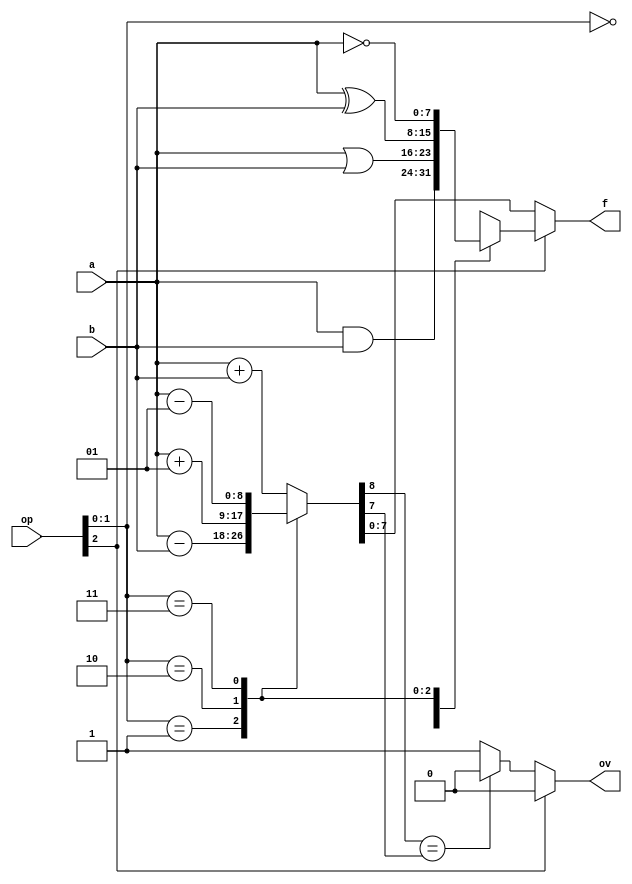
// Diseo:      Unidad Aritmtico-Lgica (ALU) sencilla
// Archivo:     alu.v
// Descripcin: Unidad Aritmtico-Lgica (ALU) sencilla
// Autor:       Jorge Juan <jjchico@gmail.com>
// Fecha:       27/05/2010

/*
   Leccin 5-3. Unidad aritmtico-lgica

   En esta leccin ampliaremos el sumador-restador diseado en la leccin 5-2
   para consguir una unidadr aritmetico-lgica sencilla, a la vez que se
   introducen o se repasan diversos operadores lgicos y aritmticos.
*/

//////////////////////////////////////////////////////////////////////////
// Unidad aritmtico-logica (ALU)                                       //
//////////////////////////////////////////////////////////////////////////

/* La descripcin de la ALU es similar a la del sumador/restador visto en la
 * leccin anterior. La entrada de seleccin de operacin se extiende para
 * indicar nuevas operaciones segn la siguiente tabla:
 *   op[2:0]    Operacin    f
 *       000    Suma         a + b
 *       001    Resta        a - b
 *       010    Incremento   a + 1
 *       011    Decremento   a - 1
 *       100    AND          a & b
 *       101    OR           a | b
 *       110    XOR          a ^ b
 *       111    NOT          ~a
 *
 * La anchura de los datos no est prefijada, sino que depende del parmetro
 * WIDTH. Este parmetro tiene un valor predeterminado de 8 indicado por
 * la directiva 'parameter', pero puede cambiarse a la hora de instanciar el
 * mdulo, por lo que la misma descripcin sirve para producir ALUs de
 * cualquier anchura de datos.
 *
 * La ALU opera con datos en complementdo a dos, por lo que se usan variables
 * de tipo 'signed'. La ALU no dispone de acarreo de entrada (cin), pero s
 * dispone de salida de desbordamiento (ov) adems de la salida de acarreo de
 * salida. La salida 'ov' valdr 1 cuando el resultado en 'f' no sea correcto
 * debido a desboradamiento (el resultado ocupa ms bits que la anchura de
 * dato de la ALU).*/

module alu #(
    parameter WIDTH = 8
    )(
    input wire signed [WIDTH-1:0] a,    // primer operando
    input wire signed [WIDTH-1:0] b,    // segundo operando
    input wire [2:0] op,                // operacin (0-suma, 1-resta)
    output reg signed [WIDTH-1:0] f,    // salida
    output reg ov                       // salida de desbordamiento (overflow)
    );

    always @* begin
        /* Nos aseguramos que a cout y ov siempre se asigne un valor */
        ov = 0;

        if (op[2] == 0) begin :arith    // Operaciones aritmticas
            reg signed [WIDTH:0] s;
            /* La construccin 'case' es ideal para distinguir
             * entre los mltiples valores de 'op' */
            case (op[1:0])

              /* En primer lugar calculamos el resultado en 'f' con
               * el posible bit adicional en 'cout'. El
               * desbordamiento se produce cuando los operandos
               * son del mismo signo y el resultado es de un signo
               * diferente */
            2'b00:
                s = a + b;  // suma
            2'b01:
                s = a - b;  // resta
            2'b10:
                s = a + 1;  // incremento
            2'b11:
                s = a - 1;  // decremento
            endcase

            // Clculo del desbordamiento
            ov = (s[WIDTH] == s[WIDTH-1])? 0: 1;

            // Salida
            f = s[WIDTH-1:0];
        end else begin      // Operaciones lgicas
            case (op[1:0])
            2'b00:
                f = a & b;  // AND
            2'b01:
                f = a | b;  // OR
            2'b10:
                f = a ^ b;  // XOR
            2'b11:
                /* '~' es el operador 'complemento' que invierte
                 * todos los bits del operando */
                f = ~a;     // NOT
            endcase
        end // if
    end // always

endmodule // alu

/*
   EJERCICIOS

   1. Compila la leccin con:

      $ iverilog sumsub.v

      Comprueba que no hay errores de sintaxis

   (contina en sumsub_tb.v)
*/